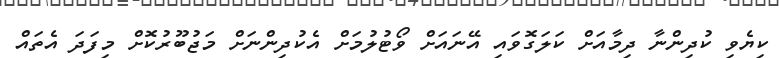
ކިޔެވި ކުދިންނާ ދިމާއަށް ކަލަގޮވައި އޭނައަށް ވޯޓުލުމަށް އެކުދިންނަށް މަޖުބޫރުކޮށް މިފަދަ އެތައް